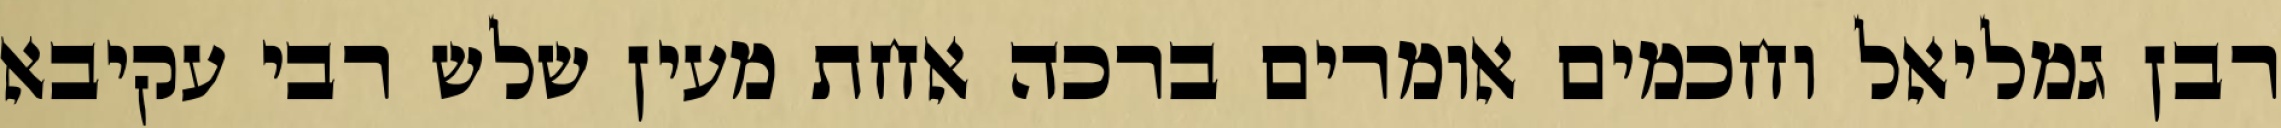
רבן גמליאל וחכמים אומרים ברכה אחת מעין שלש רבי עקיבא